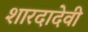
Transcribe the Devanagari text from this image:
शारदादेवी